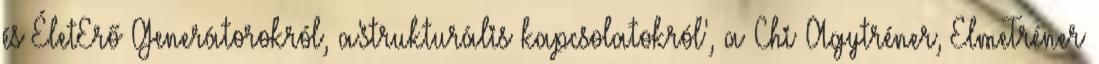
és ÉletErő Generátorokról, a'strukturális kapcsolatokról', a Chi Agytréner, ElmeTréner